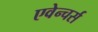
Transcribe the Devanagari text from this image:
एवेन्चर्स